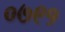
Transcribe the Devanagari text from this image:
०७९१